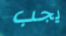
يجب